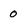
Character: 0